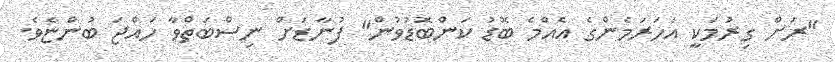
"ރަށް ގިރުމަކީ އަހަރަމެންގެ އެއްމެ ބޮޑު ކަންބޮޑުވުން" ފުނާޑަށް ނިސްބަތްވާ ހައްޖަ ބުންޏެވެ.